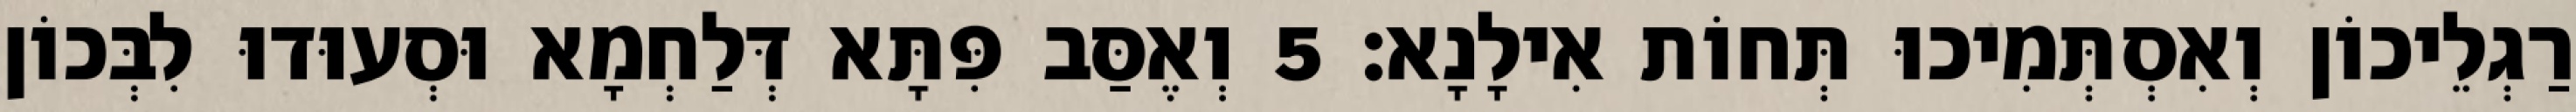
רַגְלֵיכוֹן וְאִסְתְּמִיכוּ תְּחוֹת אִילָנָא׃ 5 וְאֶסַּב פִּתָּא דְּלַחְמָא וּסְעוּדוּ לִבְּכוֹן